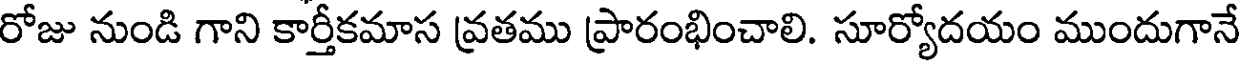
రోజు నుండి గాని కార్తీకమాస వ్రతము ప్రారంభించాలి. సూర్యోదయం ముందుగానే